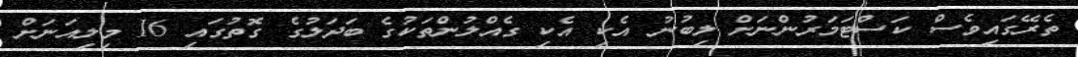
ތެރޭގައިވެސް ކަސްޓަމަރުންނަށް ލިބުނު އެކި އެކި ގެއްލުންތަކުގެ ބަދަލުގެ ގޮތުގައި 16 މިލިއަނަށް